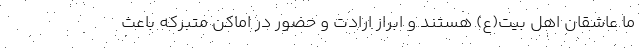
ما عاشقان اهل بیت(ع) هستند و ابراز ارادت و حضور در اماکن متبرکه باعث